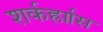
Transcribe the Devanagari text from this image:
शर्कर्ह्राास